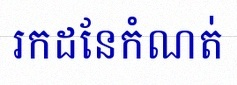
រកដែនកំណត់